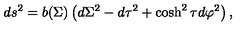
d s ^ { 2 } = b ( \Sigma ) \left( d \Sigma ^ { 2 } - d \tau ^ { 2 } + \cosh ^ { 2 } \tau d \varphi ^ { 2 } \right) ,